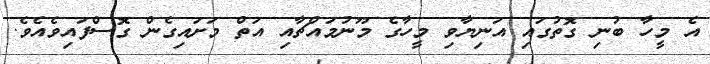
އެ މީހާ ބުނި ގޮތުގައި އަނިޔާވި މީހާގެ މޫނުމައްޗާއި އަތް މަށައިގެން ގޮސްފައިވެއެވެ.